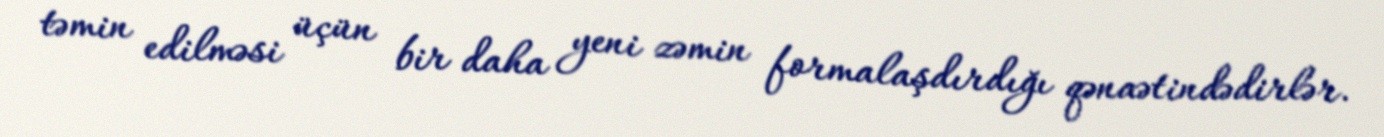
təmin edilməsi üçün bir daha yeni zəmin formalaşdırdığı qənaətindədirlər.